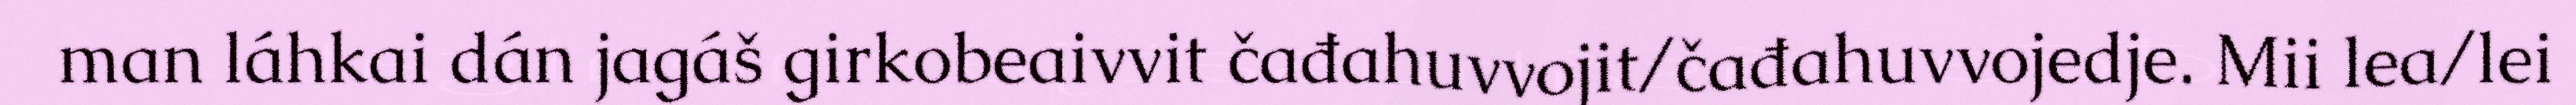
man láhkai dán jagáš girkobeaivvit čađahuvvojit/čađahuvvojedje. Mii lea/lei